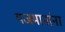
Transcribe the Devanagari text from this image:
यजमानांना